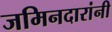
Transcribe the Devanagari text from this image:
जमिनदारांनी